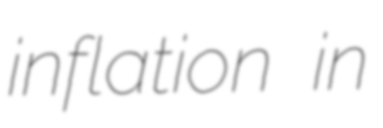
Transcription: inflation in